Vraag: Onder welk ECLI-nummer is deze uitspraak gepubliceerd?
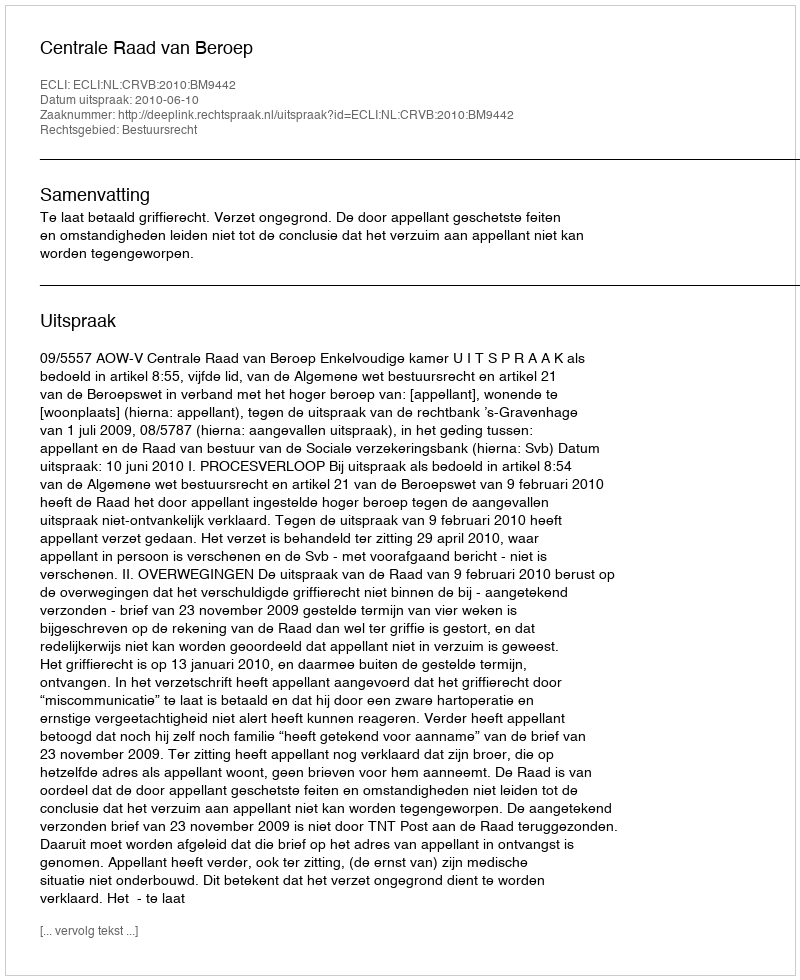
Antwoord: ECLI:NL:CRVB:2010:BM9442